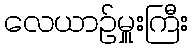
လေယာဉ်မှူးကြီး